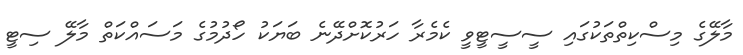
މާލޭގެ މިސްކިތްތަކުގައި ސީސީޓީވީ ކެމެރާ ހަރުކޮށްދޭނެ ބަޔަކު ހޯދުމުގެ މަސައްކަތް މާލޭ ސިޓީ